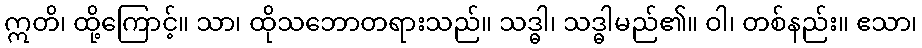
ဣတိ၊ ထို့ကြောင့်။ သာ၊ ထိုသဘောတရားသည်။ သဒ္ဓါ၊ သဒ္ဓါမည်၏။ ဝါ၊ တစ်နည်း။ ဧသာ၊